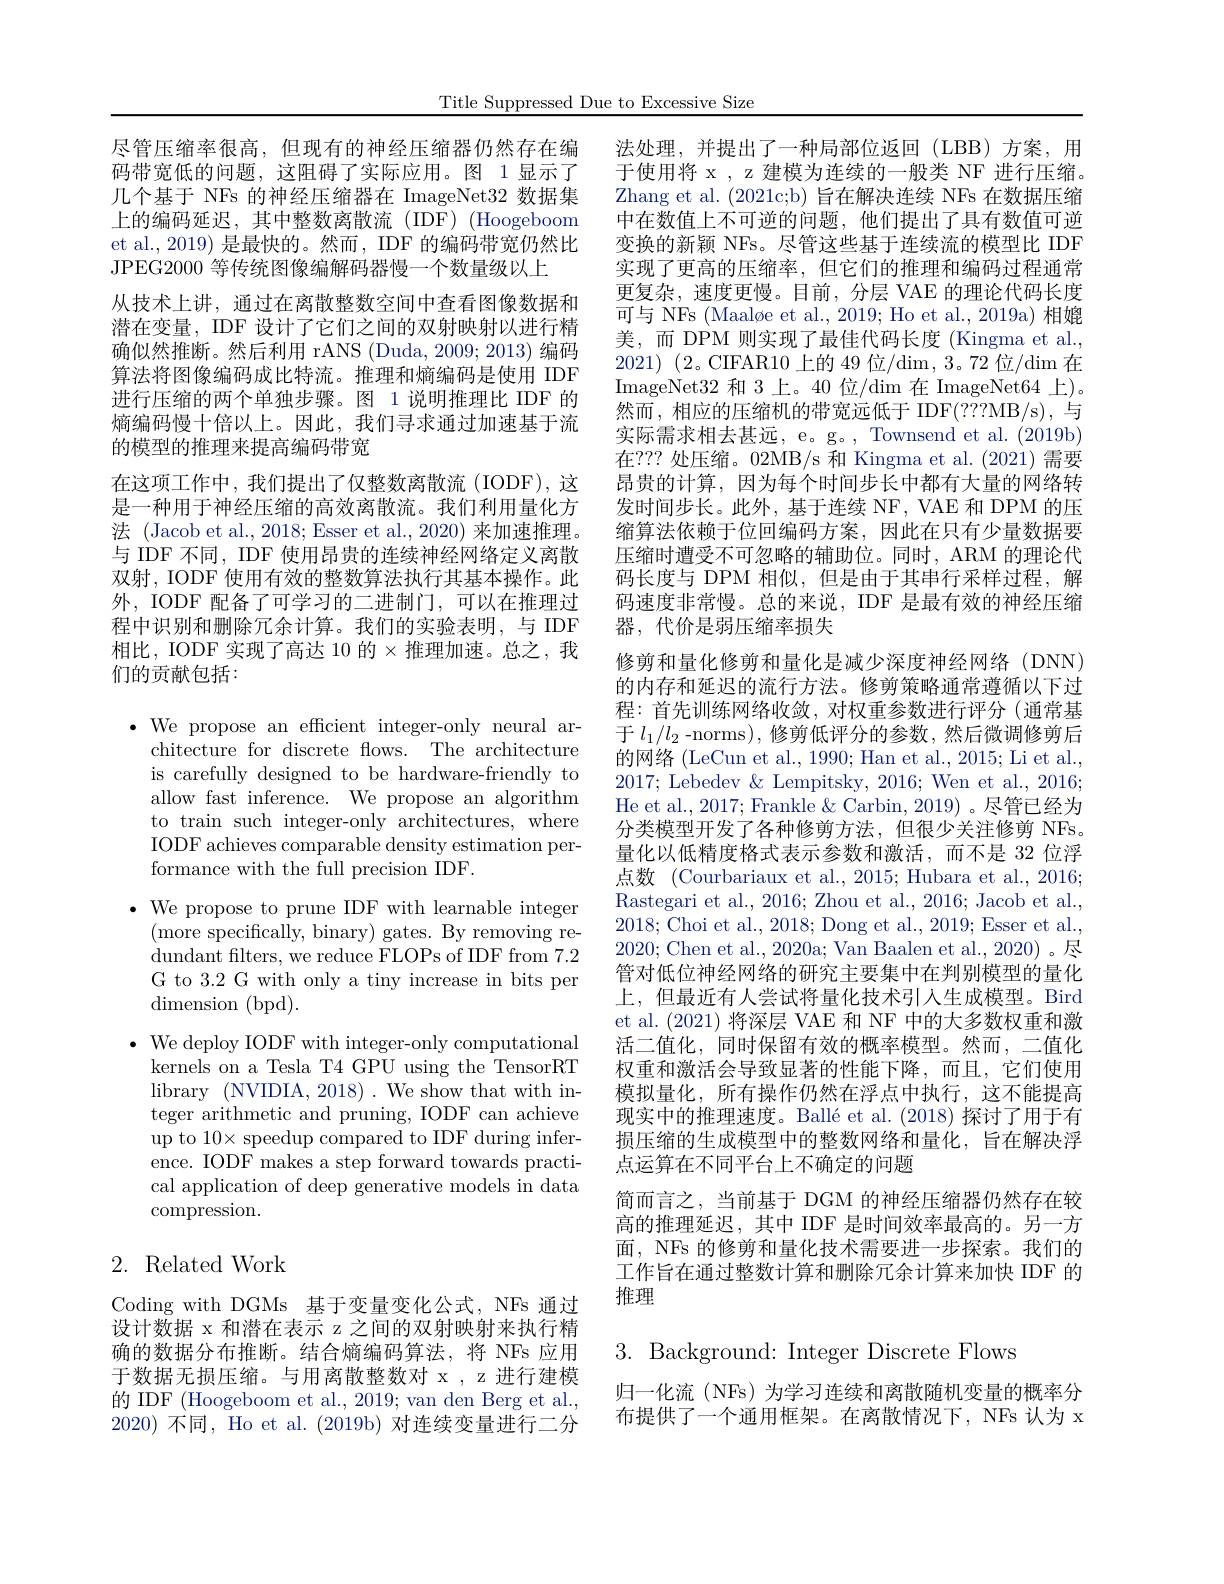
Title Suppressed Due to Excessive Size

尽管压缩率很高，但现有的神经压缩器仍然存在编码带宽低的问题，这阻碍了实际应用。图 1显示了几个基于 NFs 的神经压缩器在 ImageNet32 数据集上的编码延迟，其中整数离散流(IDF)(Hoogeboom et al., 2019) 是最快的。然而，IDF 的编码带宽仍然比JPEG2000 等传统图像编解码器慢一个数量级以上
从技术上讲，通过在离散整数空间中查看图像数据和潜在变量，IDF 设计了它们之间的双射映射以进行精确似然推断。然后利用 rANS (Duda, 2009; 2013) 编码算法将图像编码成比特流。推理和熵编码是使用 IDF 进行压缩的两个单独步骤。图 1说明推理比 IDF 的熵编码慢十倍以上。因此，我们寻求通过加速基于流的模型的推理来提高编码带宽
在这项工作中，我们提出了仅整数离散流(IODF),这是一种用于神经压缩的高效离散流。我们利用量化方法 (Jacob et al., 2018; Esser et al., 2020) 来加速推理。与 IDF 不同，IDF 使用昂贵的连续神经网络定义离散双射，IODF 使用有效的整数算法执行其基本操作。此外，IODF 配备了可学习的二进制门，可以在推理过程中识别和删除冗余计算。我们的实验表明，与 IDF 相比，IODF 实现了高达 10 的$\times$推理加速。总之，我们的贡献包括：

$\cdot$We propose an efficient integer-only neural ar-
chitecture for discrete flows. The architecture is carefully designed to be hardware-friendly to allow fast inference. We propose an algorithm to train such integer-only architectures, where IODF achieves comparable density estimation performance with the full precision IDF.
$\bullet$ We propose to prune IDF with learnable integer
(more specifically, binary) gates. By removing redundant filters, we reduce FLOPs of IDF from 7.2 G to 3.2 G with only a tiny increase in bits per $\operatorname{dimension}(\operatorname{bpd}).$
$\bullet$ We deploy IODF with integer-only computational kernels on a Tesla T4 GPU using the TensorRT library (NVIDIA, 2018). We show that with integer arithmetic and pruning, IODF can achieve $\operatorname{up}$ to 10$\times$speedup compared to IDF during inference. IODF makes a step forward towards practical application of deep generative models in data compression.

# 2. Related Work

Coding with DGMs 基于变量变化公式，NFs 通过设计数据 x 和潜在表示 z 之间的双射映射来执行精确的数据分布推断。结合熵编码算法，将 NFs 应用于数据无损压缩。与用离散整数对 x , z 进行建模的 IDF (Hoogeboom et al., 2019; van den Berg et al., 2020)不同，Ho et al. (2019b) 对连续变量进行二分

法处理，并提出了一种局部位返回(LBB)方案，用于使用将 x , z 建模为连续的一般类 NF 进行压缩。Zhang et al. (2021c;b) 旨在解决连续 NFs 在数据压缩中在数值上不可逆的问题，他们提出了具有数值可逆变换的新颖 NFs。尽管这些基于连续流的模型比 IDF 实现了更高的压缩率，但它们的推理和编码过程通常更复杂，速度更慢。目前，分层 VAE 的理论代码长度可与 NFs (Maaløe et al., 2019; Ho et al., 2019a) 相媲美，而 DPM 则实现了最佳代码长度 (Kingma et al., 2021) (2。CIFAR10 上的 49 位/dim, 3。72 位/dim 在ImageNet32 和 3 上 。40 位 / dim 在 ImageNet64 上 ) 。然而，相应的压缩机的带宽远低于 IDF(???MB/s),与实际需求相去甚远，e。g。, Townsend et al. (2019b) 在？?? 处压缩。02MB/s 和 Kingma et al. (2021) 需要昂贵的计算，因为每个时间步长中都有大量的网络转发时间步长。此外，基于连续 NF, VAE 和 DPM 的压缩算法依赖于位回编码方案，因此在只有少量数据要压缩时遭受不可忽略的辅助位。同时，ARM 的理论代码长度与 DPM 相似，但是由于其串行采样过程，解码速度非常慢。总的来说，IDF 是最有效的神经压缩器，代价是弱压缩率损失
修剪和量化修剪和量化是减少深度神经网络(DNN) 的内存和延迟的流行方法。修剪策略通常遵循以下过程：首先训练网络收敛，对权重参数进行评分(通常基于$l_1/l_2$ -norms),修剪低评分的参数，然后微调修剪后的网络(LeCun et al., 1990; Han et al., 2015; Li et al., 2017; Lebedev & Lempitsky, 2016; Wen et al., 2016; He et al., 2017; Frankle & Carbin, 2019) 。尽管已经为分类模型开发了各种修剪方法，但很少关注修剪 NFs。量化以低精度格式表示参数和激活，而不是 32 位浮点数 (Courbariaux et al., 2015; Hubara et al., 2016; Rastegari et al., 2016; Zhou et al., 2016; Jacob et al., 2018; Choi et al., 2018; Dong et al., 2019; Esser et al., 2020; Chen et al., 2020a; Van Baalen et al., 2020)。尽管对低位神经网络的研究主要集中在判别模型的量化上，但最近有人尝试将量化技术引入生成模型。Bird et al. (2021)将深层 VAE 和 NF 中的大多数权重和激活二值化，同时保留有效的概率模型。然而，二值化权重和激活会导致显著的性能下降，而且，它们使用模拟量化，所有操作仍然在浮点中执行，这不能提高现实中的推理速度。Ballé et al. (2018) 探讨了用于有损压缩的生成模型中的整数网络和量化，旨在解决浮点运算在不同平台上不确定的问题
简而言之，当前基于 DGM 的神经压缩器仍然存在较高的推理延迟，其中 IDF 是时间效率最高的。另一方面，NFs 的修剪和量化技术需要进一步探索。我们的工作旨在通过整数计算和删除冗余计算来加快 IDF 的推理

$3.{\mathrm{~Background:~Integer~Discrete~Flows}}$

归一化流 (NFs) 为学习连续和离散随机变量的概率分布提供了一个通用框架。在离散情况下，NFs 认为 x